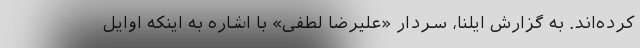
کرده‌اند. به گزارش ایلنا، سردار «علیرضا لطفی» با اشاره به اینکه اوایل